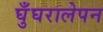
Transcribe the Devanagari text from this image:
घुँघरालेपन